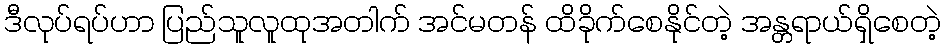
ဒီလုပ်ရပ်ဟာ ပြည်သူလူထုအတါက် အင်မတန် ထိခိုက်စေနိုင်တဲ့ အန္တရာယ်ရှိစေတဲ့